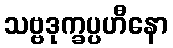
သဗ္ဗဒုက္ခပ္ပဟီနော